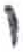
אות: י